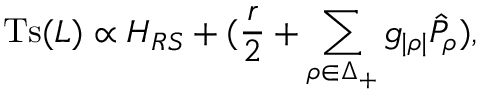
\mathrm { T s } ( { \cal L } ) \propto { \cal H } _ { R S } + ( { \frac { r } { 2 } } + \sum _ { \rho \in \Delta _ { + } } g _ { | \rho | } \hat { \cal P } _ { \rho } ) ,